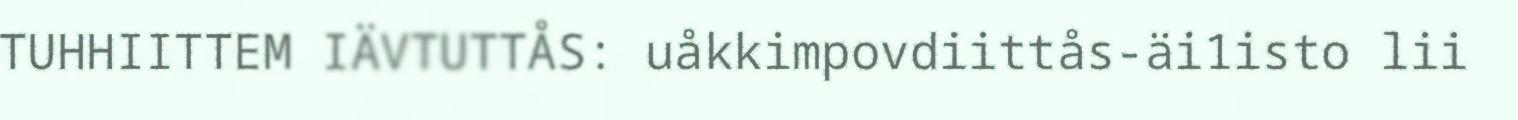
TUHHIITTEM IÄVTUTTÅS: uåkkimpovdiittås-äi1isto lii